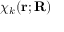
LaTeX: \chi _ { k } ( \mathbf { r } ; \mathbf { R } )